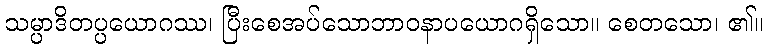
သမ္ပာဒိတပ္ပယောဂဿ၊ ပြီးစေအပ်သောဘာဝနာပယောဂရှိသော။ စေတသော၊ ၏။